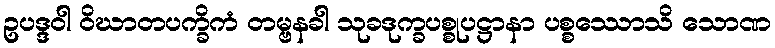
ဥပဒ္ဒဝါ ဝိဃာတပက္ခိကံ တမ္ဗနခါ သုခဒုက္ခပစ္စုပဋ္ဌာနာ ပစ္စဿောသိ သောဏ